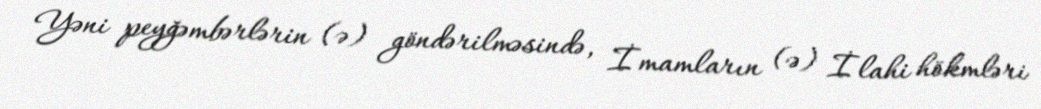
Yəni peyğəmbərlərin (ə) göndərilməsində, İmamların (ə) İlahi hökmləri